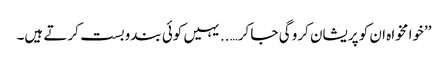
’’خوا مخواہ ان کو پریشان کرو گی جا کر…..یہیں کوئی بندوبست کرتے ہیں۔